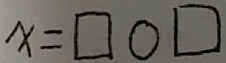
x = \square \bigcirc \square